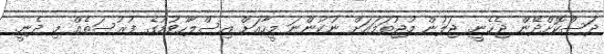
ދަސްކޮށްދޭން ޖެހެނީ. ޖަލުން މުޖުތަމައަށް ނުކުންނަ މީހާއަށް އިސްލާހުވުމުގެ ފުރުސަތެއް މި ދެނީ.